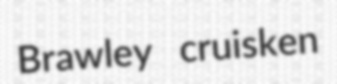
Brawley cruisken